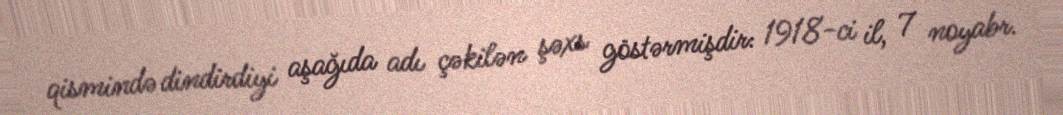
qismində dindirdiyi aşağıda adı çəkilən şəxs göstərmişdir: 1918-ci il, 7 noyabr.